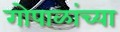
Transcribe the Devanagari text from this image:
गोपाळांच्या